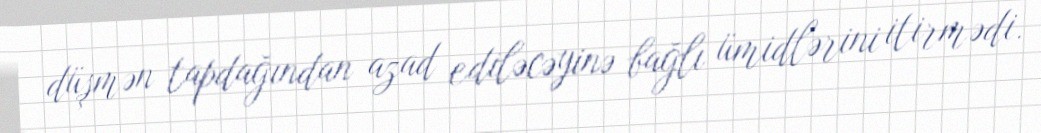
düşmən tapdağından azad ediləcəyinə bağlı ümidlərini itirmədi.